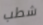
شطب